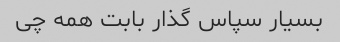
بسیار سپاس گذار بابت همه چی